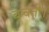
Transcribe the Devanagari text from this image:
बचती।